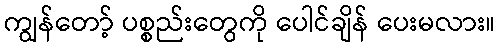
ကျွန်တော့် ပစ္စည်းတွေကို ပေါင်ချိန် ပေးမလား။